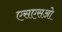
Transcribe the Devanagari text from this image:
एसएसओ